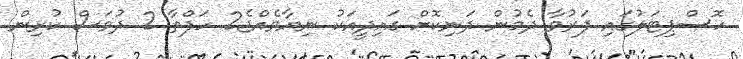
ހޮސްޕިޓަލުގައި ފަރުވާ ދެމުން ދަނިކޮށް ގައިދީއަކު ނިޔާވެއްޖެ2 ހަފްތާ 2 ދުވަސް ކުރިން.